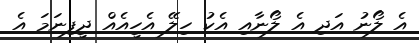
އެ ލޯނު އަދި އެ ލޯނާއި އެކު ހިލޭ އެހީއެއް ދީފިނަމަ އެ